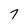
Character: 7